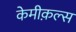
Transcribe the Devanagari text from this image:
केमीक़ल्स